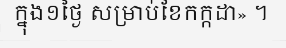
ក្នុង១ថ្ងៃ សម្រាប់ខែកក្កដា» ។